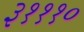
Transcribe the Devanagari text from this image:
३१११०